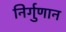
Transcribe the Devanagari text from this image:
निर्गुणान